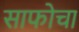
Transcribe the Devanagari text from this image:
साफोचा